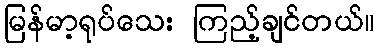
မြန်မာ့ရုပ်သေး ကြည့်ချင်တယ်။